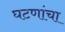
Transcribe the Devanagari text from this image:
घटणांचा